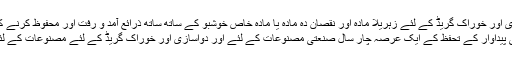
2. مصنوعات دواسازی اور خوراک گریڈ کے لئے زہریلا مادہ اور نقصان دہ مادہ یا مادہ خاص خوشبو کے ساتھ ساتھ ذرائع آمد و رفت اور محفوظ کرنے کے دوران كرے نہیں.
3. بعد تاریخ کی پیداوار کے تحفظ کے ایک عرصہ چار سال صنعتی مصنوعات کے لئے اور دواسازی اور خوراک گریڈ کے لئے مصنوعات کے لئے دو سال نہ بڑھے ۔